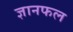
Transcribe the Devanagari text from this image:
ज्ञानफल